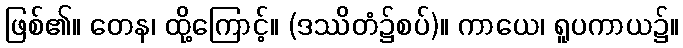
ဖြစ်၏။ တေန၊ ထို့ကြောင့်။ (ဒဿိတံ၌စပ်)။ ကာယေ၊ ရူပကာယ၌။